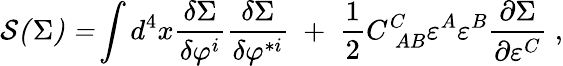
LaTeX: \mathcal{S(}\Sigma\mathcal{)=}\int d^{4}x\frac{\delta\Sigma}{\delta\varphi^{i}}\frac{\delta\Sigma}{\delta\varphi^{*i}}\; +\; \frac 12C_{\; AB}^{C}\varepsilon^{A}\varepsilon^{B}\frac{\partial\Sigma}{\partial\varepsilon^{C}}\; ,